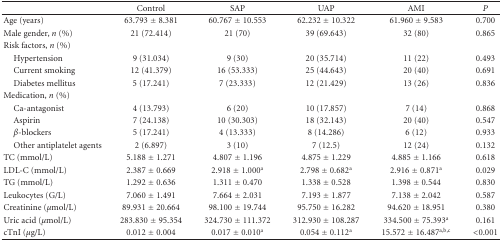
<table><thead><tr><td></td><td><b> Control</b></td><td><b>SAP</b></td><td><b>UAP</b></td><td><b>AMI</b></td><td><b><i>P</i></b></td></tr></thead><tbody><tr><td>Age (years)</td><td>63.793 ± 8.381</td><td>60.767 ± 10.553</td><td>62.232 ± 10.322</td><td>61.960 ± 9.583</td><td>0.700</td></tr><tr><td>Male gender, <i>n</i> (%)</td><td>21 (72.414)</td><td>21 (70)</td><td>39 (69.643)</td><td>32 (80)</td><td>0.865</td></tr><tr><td>Risk factors, <i>n</i> (%)</td><td></td><td></td><td></td><td></td><td></td></tr><tr><td> Hypertension</td><td>9 (31.034)</td><td>9 (30)</td><td>20 (35.714)</td><td>11 (22)</td><td>0.493</td></tr><tr><td> Current smoking</td><td>12 (41.379)</td><td>16 (53.333)</td><td>25 (44.643)</td><td>20 (40)</td><td>0.691</td></tr><tr><td> Diabetes mellitus</td><td>5 (17.241)</td><td>7 (23.333)</td><td>12 (21.429)</td><td>13 (26)</td><td>0.836</td></tr><tr><td>Medication, <i>n</i> (%)</td><td></td><td></td><td></td><td></td><td></td></tr><tr><td> Ca-antagonist</td><td>4 (13.793)</td><td>6 (20)</td><td>10 (17.857)</td><td>7 (14)</td><td>0.868</td></tr><tr><td> Aspirin</td><td>7 (24.138)</td><td>10 (30.303)</td><td>18 (32.143)</td><td>20 (40)</td><td>0.547</td></tr><tr><td> <i>β</i>-blockers</td><td>5 (17.241)</td><td>4 (13.333)</td><td>8 (14.286)</td><td>6 (12)</td><td>0.933</td></tr><tr><td> Other antiplatelet agents</td><td>2 (6.897)</td><td>3 (10)</td><td>7 (12.5)</td><td>12 (24)</td><td>0.132</td></tr><tr><td>TC (mmol/L)</td><td>5.188 ± 1.271</td><td>4.807 ± 1.196</td><td>4.875 ± 1.229</td><td>4.885 ± 1.166</td><td>0.618</td></tr><tr><td>LDL-C (mmol/L)</td><td>2.387 ± 0.669</td><td>2.918 ± 1.000<sup>a</sup></td><td>2.798 ± 0.682<sup>a</sup></td><td>2.916 ± 0.871<sup>a</sup></td><td>0.029</td></tr><tr><td>TG (mmol/L)</td><td>1.292 ± 0.636</td><td>1.311 ± 0.470</td><td>1.338 ± 0.528</td><td>1.398 ± 0.544</td><td>0.830</td></tr><tr><td>Leukocytes (G/L)</td><td>7.060 ± 1.491</td><td>7.664 ± 2.031</td><td>7.193 ± 1.877</td><td>7.138 ± 2.042</td><td>0.587</td></tr><tr><td>Creatinine (<i>μ</i>mol/L)</td><td>89.931 ± 20.664</td><td>98.100 ± 19.744</td><td>95.750 ± 16.282</td><td>94.620 ± 18.951</td><td>0.380</td></tr><tr><td>Uric acid (<i>μ</i>mol/L)</td><td>283.830 ± 95.354</td><td>324.730 ± 111.372</td><td>312.930 ± 108.287</td><td>334.500 ± 75.393<sup>a</sup></td><td>0.161</td></tr><tr><td>cTnI (<i>μ</i>g/L)</td><td>0.012 ± 0.004</td><td>0.017 ± 0.010<sup>a</sup></td><td>0.054 ± 0.112<sup>a</sup></td><td>15.572 ± 16.487<sup>a, b, c</sup></td><td>&lt;0.001</td></tr></tbody></table>